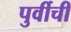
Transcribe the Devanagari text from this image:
पुर्वीची